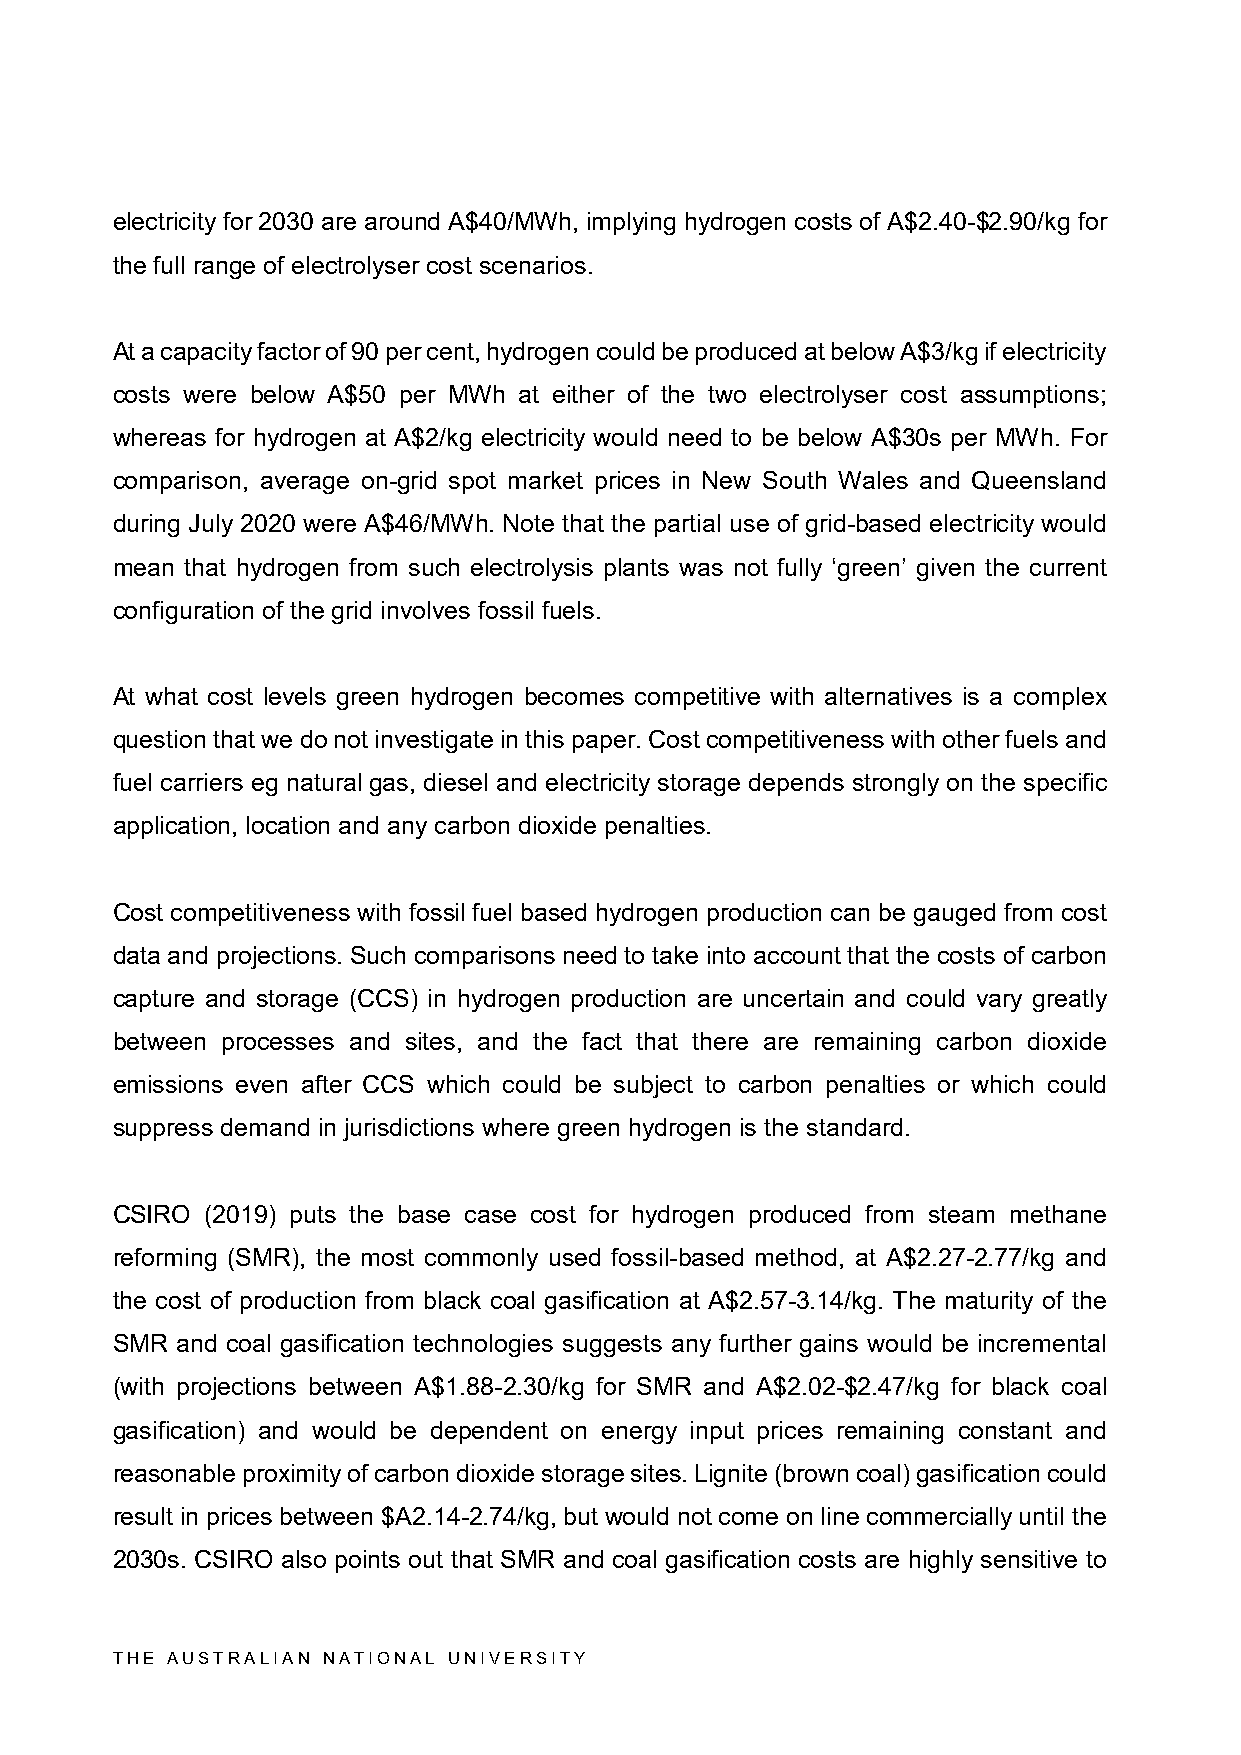
electricity for 2030 are around A$40/MWh, implying hydrogen costs of A$2.40-$2.90/kg for
 the full range of electrolyser cost scenarios.
 At a capacity factor of 90 per cent, hydrogen could be produced at below A$3/kg if electricity
 costs were below A$50 per MWh at either of the two electrolyser cost assumptions;
 whereas for hydrogen at A$2/kg electricity would need to be below A$30s per MWh. For
 comparison, average on-grid spot market prices in New South Wales and Queensland
 during July 2020 were A$46/MWh. Note that the partial use of grid-based electricity would
 mean that hydrogen from such electrolysis plants was not fully ‘green’ given the current
 configuration of the grid involves fossil fuels.
 At what cost levels green hydrogen becomes competitive with alternatives is a complex
 question that we do not investigate in this paper. Cost competitiveness with other fuels and
 fuel carriers eg natural gas, diesel and electricity storage depends strongly on the specific
 application, location and any carbon dioxide penalties.
 Cost competitiveness with fossil fuel based hydrogen production can be gauged from cost
 data and projections. Such comparisons need to take into account that the costs of carbon
 capture and storage (CCS) in hydrogen production are uncertain and could vary greatly
 between processes and sites, and the fact that there are remaining carbon dioxide
 emissions even after CCS which could be subject to carbon penalties or which could
 suppress demand in jurisdictions where green hydrogen is the standard.
 CSIRO  (2019) puts the base case cost for hydrogen produced from steam methane
 reforming (SMR), the most commonly used fossil-based method, at A$2.27-2.77/kg and
 the cost of production from black coal gasification at A$2.57-3.14/kg. The maturity of the
 SMR  and coal gasification technologies suggests any further gains would be incremental
 (with projections between A$1.88-2.30/kg for SMR and A$2.02-$2.47/kg for black coal
 gasification) and would be dependent on energy input prices remaining constant and
 reasonable proximity of carbon dioxide storage sites. Lignite (brown coal) gasification could
 result in prices between $A2.14-2.74/kg, but would not come on line commercially until the
 2030s. CSIRO also points out that SMR and coal gasification costs are highly sensitive to
 THE AUSTRALIAN NATIONAL UNIVERSITY